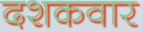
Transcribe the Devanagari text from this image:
दशकवार